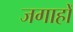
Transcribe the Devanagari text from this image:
जगाहों